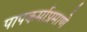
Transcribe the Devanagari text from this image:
पापकर्माप्रमाणे